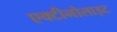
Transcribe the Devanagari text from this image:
एक्टीनोलाइट